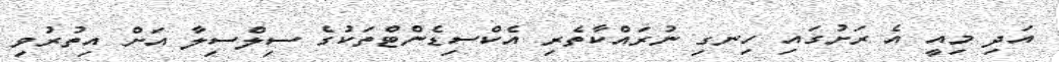
އަދި މިއީ އެ ރަށުގައި ހިނގި ނުރައްކާތެރި އެކްސިޑެންޓްތަކުގެ ސިލްސިލާ އަށް އިތުރުވި